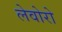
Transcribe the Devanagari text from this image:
लेवोरो